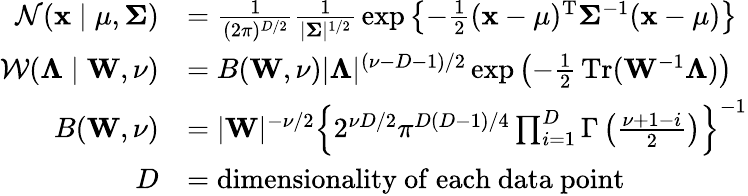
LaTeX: {\begin{array}{rl}{{\mathcal{N}}(\mathbf{x}\mid\mathbf{\mu},\mathbf{\Sigma})}&{={\frac{1}{(2\pi)^{D/2}}}{\frac{1}{|\mathbf{\Sigma}|^{1/2}}}\exp\left\{ -{\frac{1}{2}}(\mathbf{x}-\mathbf{\mu})^{\mathrm{{T}}}\mathbf{\Sigma}^{-1}(\mathbf{x}-\mathbf{\mu})\right\} }\\ {{\mathcal{W}}(\mathbf{\Lambda}\mid\mathbf{W},\nu)}&{=B(\mathbf{W},\nu)|\mathbf{\Lambda}|^{(\nu-D-1)/2}\exp\left(-{\frac{1}{2}}\operatorname{Tr}(\mathbf{W}^{-1}\mathbf{\Lambda})\right)}\\ {B(\mathbf{W},\nu)}&{=|\mathbf{W}|^{-\nu/2}\left\{ 2^{\nu D/2}\pi^{D(D-1)/4}\prod_{i=1}^{D}\Gamma\left({\frac{\nu+1-i}{2}}\right)\right\} ^{-1}}\\ {D}&{={\mathrm{dimensionality~of~each~data~point}}}\end{array}}